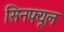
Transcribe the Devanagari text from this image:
सिनफ्यूल